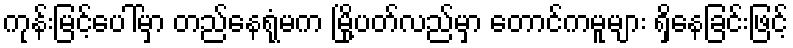
ကုန်းမြင့်ပေါ်မှာ တည်နေရုံမက မြို့ပတ်လည်မှာ တောင်ကမူများ ရှိနေခြင်းဖြင့်